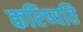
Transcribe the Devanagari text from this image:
करिष्यति